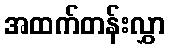
အထက်တန်းလွှာ